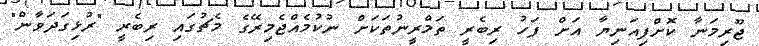
ޖޫރިމަނާ ކޮށްފިއަނިޔާ އަށް ފަހު ރިބެރީ ތަމްރީނުތަކަށް ނުކުމެއްޖެމިރޭގެ މެޗުގައި ރިބެރީ "ރުޅިގަދަވާން"